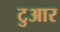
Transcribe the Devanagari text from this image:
टुआर